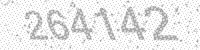
Solution: 264142